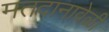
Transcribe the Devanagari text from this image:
मतदानावेळी